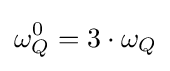
\omega _{Q}^{0}=3\cdot \omega _{Q}